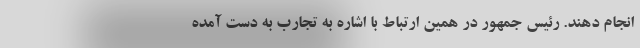
انجام دهند. رئیس جمهور در همین ارتباط با اشاره به تجارب به دست آمده